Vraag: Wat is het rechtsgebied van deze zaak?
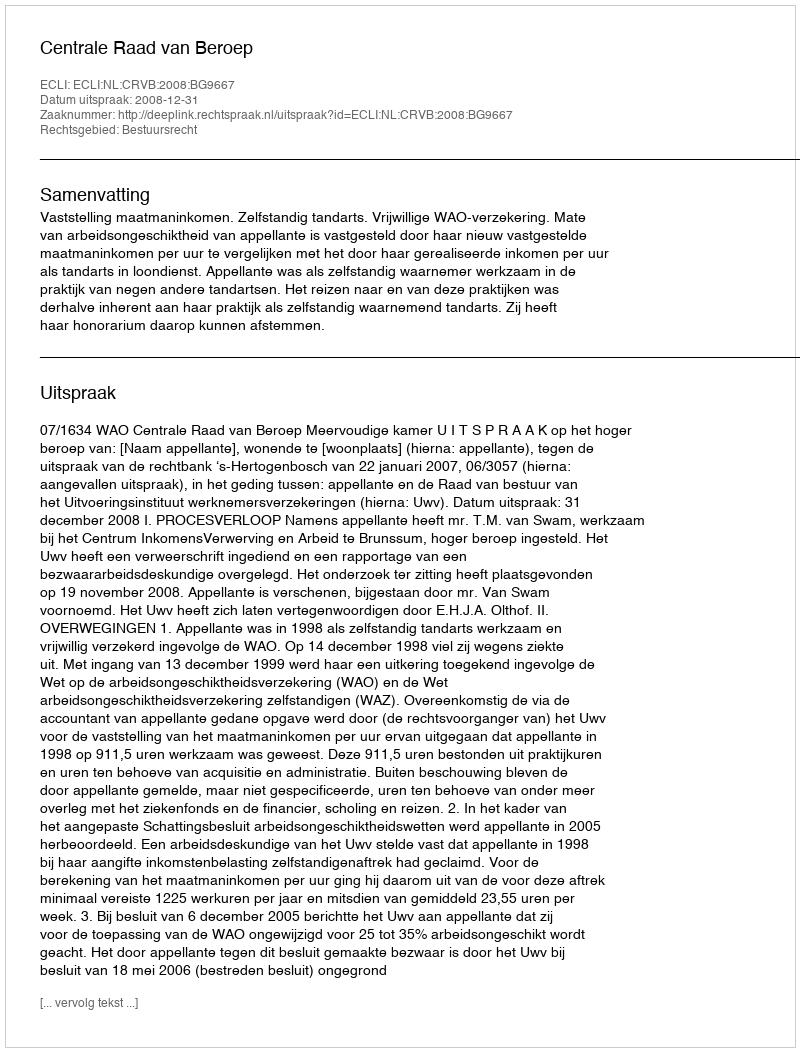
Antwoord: Bestuursrecht